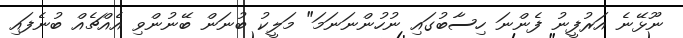
ނޫޅޭނެ އަރުފީނު ފެންނަ ހިސާބުގައި ނުހުންނަނަމަ" މަލީކު ބުނަން ބޭނުންވި އެއްޗެއް ބުނެފައި